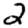
Digit: 2